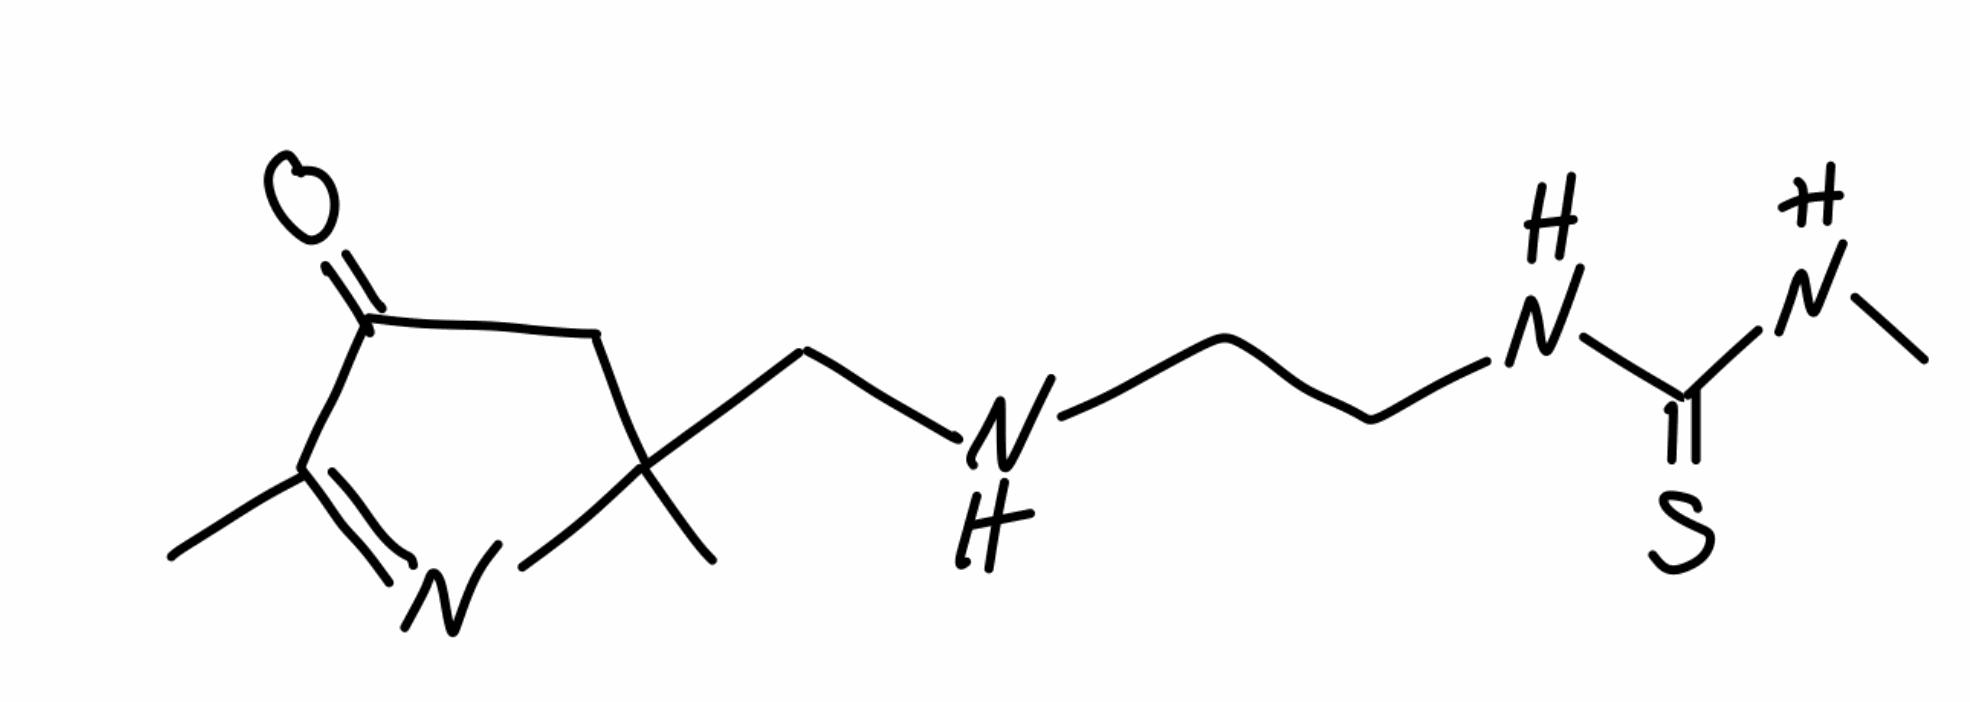
Simplified molecular-input line-entry system (SMILES) notation of the given molecule:
CC1=NC(CC1=O)(C)CNCCNC(=S)NC